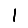
Digit: 1